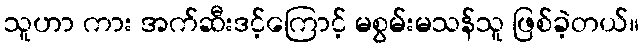
သူဟာ ကား အက်ဆီးဒင့်ကြောင့် မစွမ်းမသန်သူ ဖြစ်ခဲ့တယ်။